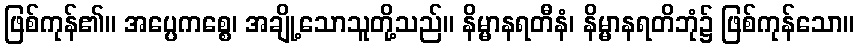
ဖြစ်ကုန်၏။ အပ္ပေကစ္စေ၊ အချို့သောသူတို့သည်။ နိမ္မာနရတီနံ၊ နိမ္မာနရတိဘုံ၌ ဖြစ်ကုန်သော။